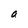
Character: a